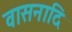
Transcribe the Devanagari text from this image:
वासनादि